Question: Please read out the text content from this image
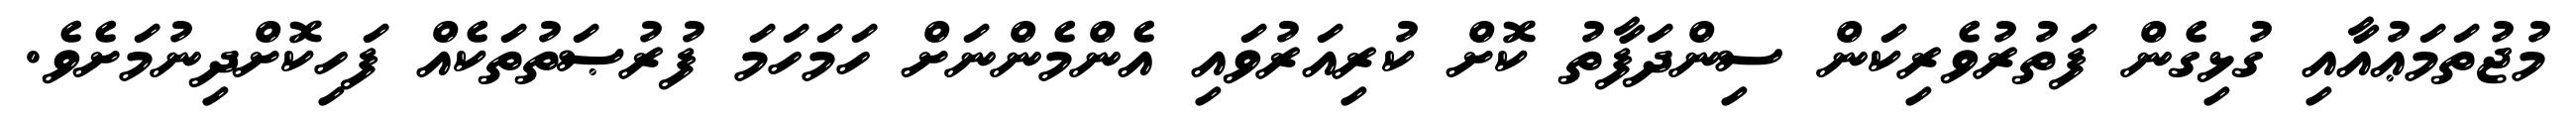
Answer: މުޖުތަމަޢުއާއި ގުޅިގެން ފަތުރުވެރިކަން ސިންދަފާތު ކޮށް ކުރިއަރުވައި އެންމެންނަށް ހަމަހަމަ ފުރުޞަތުތަކެއް ފަހިކޮށްދިނުމަށެވެ.